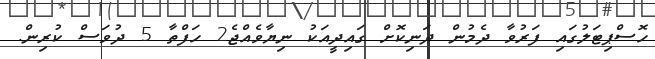
ހޮސްޕިޓަލުގައި ފަރުވާ ދެމުން ދަނިކޮށް ގައިދީއަކު ނިޔާވެއްޖެ2 ހަފްތާ 5 ދުވަސް ކުރިން.